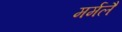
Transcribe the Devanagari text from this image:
मर्मलै